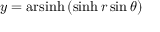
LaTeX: y = \operatorname { a r s i n h } \, ( \sinh r \sin \theta )